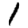
Digit: 1